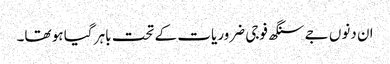
ان دنوں جے سنگھ فوجی ضروریات کے تحت باہر گیا ہو تھا۔